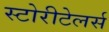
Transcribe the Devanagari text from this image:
स्टोरीटेलर्स